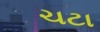
ચટા